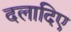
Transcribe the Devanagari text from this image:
दलादिए